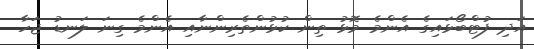
އަދި ފުޓްބޯޅައިގެ އެންމެ މޮޅު ތިން ކުޅުންތެރިންނާއި އެންމެ ގިނަ ލަނޑު ޖަހާ